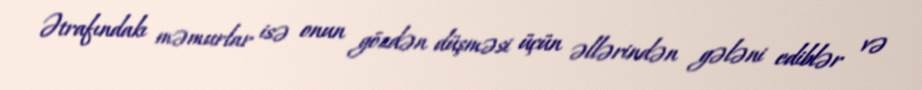
Ətrafındakı məmurlar isə onun gözdən düşməsi üçün əllərindən gələni ediblər və